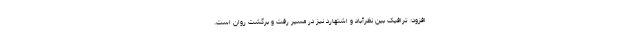
افزود: ترافیک بین نظرآباد و اشتهارد نیز در مسیر رفت و برگشت روان است.